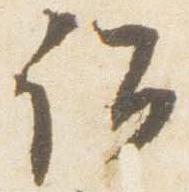
詔